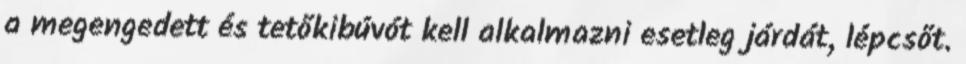
a megengedett és tetőkibúvót kell alkalmazni esetleg járdát, lépcsőt.